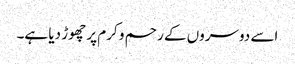
اسے دوسروں کے رحم و کرم پر چھوڑ دیا ہے۔